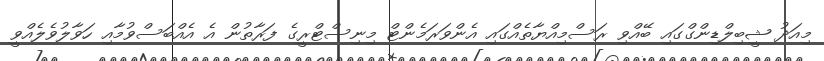
މިއަދު ޝީބިލްޑިންގްގައި ބޭއްވި ރަސްމިއްޔާތެއްގައި އެންވަރަމެންޓް މިނިސްޓްރީގެ ފަރާތުން އެ އެއްބަސްވުމާއި ހަވާލުވެލެއްވީ